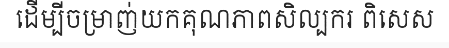
ដើម្បីចម្រាញ់យកគុណភាពសិល្បករ ពិសេស